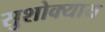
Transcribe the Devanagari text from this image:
सुशोक्याय